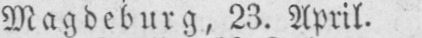
Magdeburg, 23. April.